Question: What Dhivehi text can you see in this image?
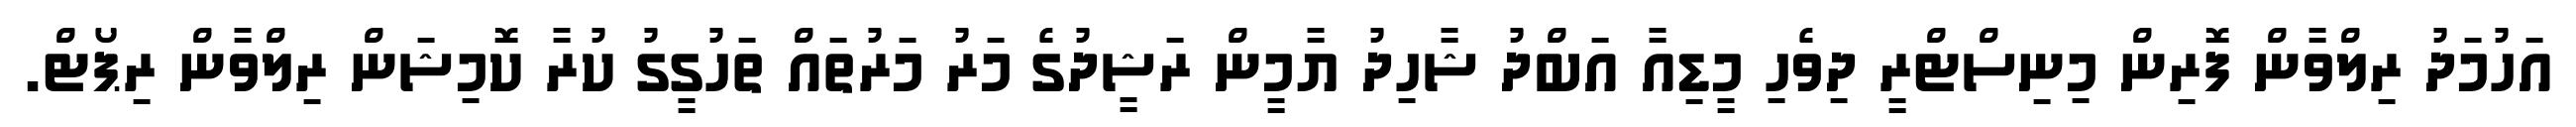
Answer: އަހުމަދު ރިލްވާން ފޮރިން މިނިސްޓްރީ ދިވެހި މީޑިއާ އަބްދު ޝާހިދު ޔާމީން ރަޝީދުގެ މަރު މަރުތައް ތަހުގީގު ކުރާ ކޮމިޝަން ރިލްވާން ރިޕޯޓް.